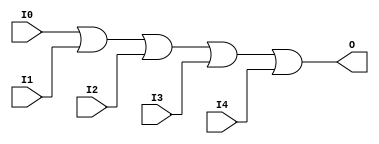
module X_OR5 (O, I0, I1, I2, I3, I4);

  parameter LOC = "UNPLACED";
  output O;
  input I0, I1, I2, I3, I4;

  or (O, I0, I1, I2, I3, I4);

  specify

	(I0 => O) = (0:0:0, 0:0:0);
	(I1 => O) = (0:0:0, 0:0:0);
	(I2 => O) = (0:0:0, 0:0:0);
	(I3 => O) = (0:0:0, 0:0:0);
	(I4 => O) = (0:0:0, 0:0:0);

	specparam PATHPULSE$ = 0;

  endspecify

endmodule